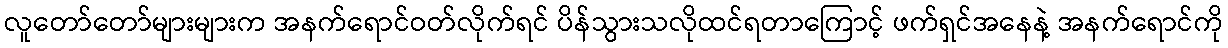
လူတော်တော်များများက အနက်ရောင်ဝတ်လိုက်ရင် ပိန်သွားသလိုထင်ရတာကြောင့် ဖက်ရှင်အနေနဲ့ အနက်ရောင်ကို